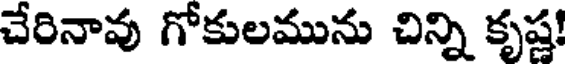
చేరినావు గోకులమును చిన్ని కృష్ణ!